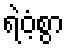
ရဲဝံ့စွာ